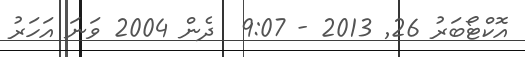
އޮކްޓޯބަރު 26